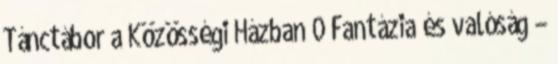
Tánctábor a Közösségi Házban 0 Fantázia és valóság –